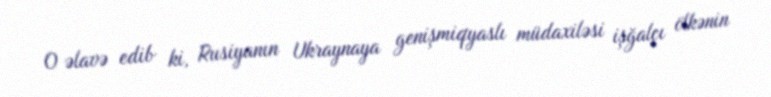
O əlavə edib ki, Rusiyanın Ukraynaya genişmiqyaslı müdaxiləsi işğalçı ölkənin